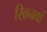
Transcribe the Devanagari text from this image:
खिनवां